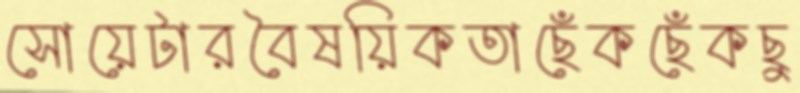
সোয়েটারবৈষয়িকতাছেঁকছেঁকছু